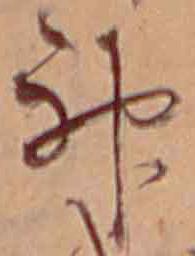
神